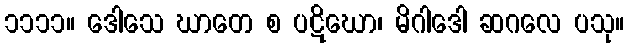
၁၁၁၁။ ဒေါသေ ဃာတေ စ ပဋိဃော၊ မိဂါဒေါ ဆဂလေ ပသု။